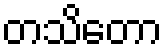
တသိတော